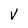
Character: V